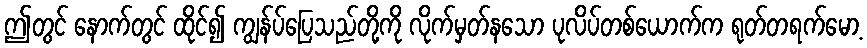
ဤတွင် နောက်တွင် ထိုင်၍ ကျွန်ပ်ပြေသည်တို့ကို လိုက်မှတ်နသော ပုလိပ်တစ်ယောက်က ရုတ်တရက်မော့